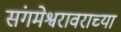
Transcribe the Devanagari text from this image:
संगमेश्वरावराच्या